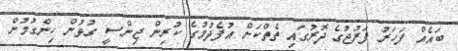
ބައެއް ފަހަރު ފަރުޖުގެ ދޮރުގައި ތެތްކަން އުފެދުމުގެ ކުރިން ޖިންސީ ގުޅުން ހިންގުމުން